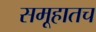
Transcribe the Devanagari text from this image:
समूहातच